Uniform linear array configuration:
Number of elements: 32
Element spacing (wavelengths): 1
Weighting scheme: hamming
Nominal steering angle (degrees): -60
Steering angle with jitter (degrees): -61.704
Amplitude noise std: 0.05
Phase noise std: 0.05

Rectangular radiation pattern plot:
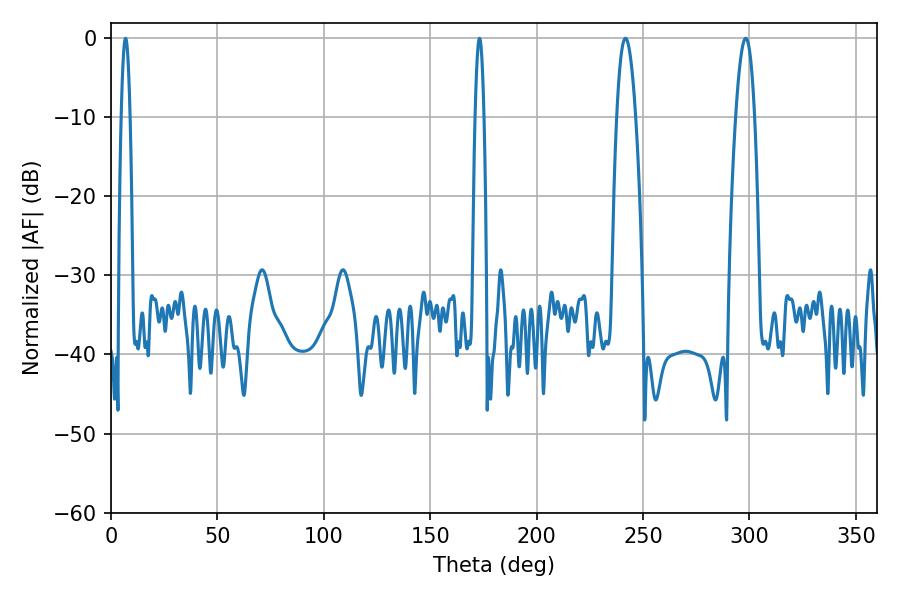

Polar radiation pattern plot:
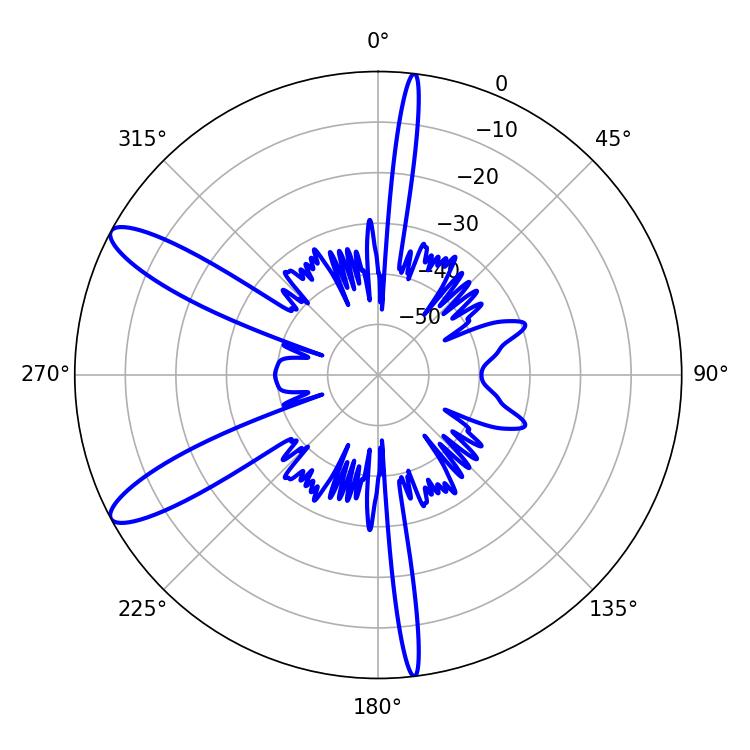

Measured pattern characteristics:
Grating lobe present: TRUE
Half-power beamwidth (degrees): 4.86
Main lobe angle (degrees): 298.26